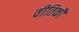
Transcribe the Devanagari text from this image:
वीतिकौ